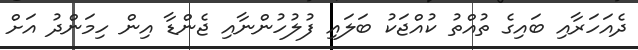
ދެއަހަރާއި ބައިގެ ތުއްތު ކުއްޖަކު ބަލައި ފުލުހުންނާއި ޖެންޑާ އިން ހިމަންދު އަށް